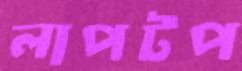
লাপটপ